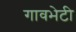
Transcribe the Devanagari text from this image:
गावभेटी